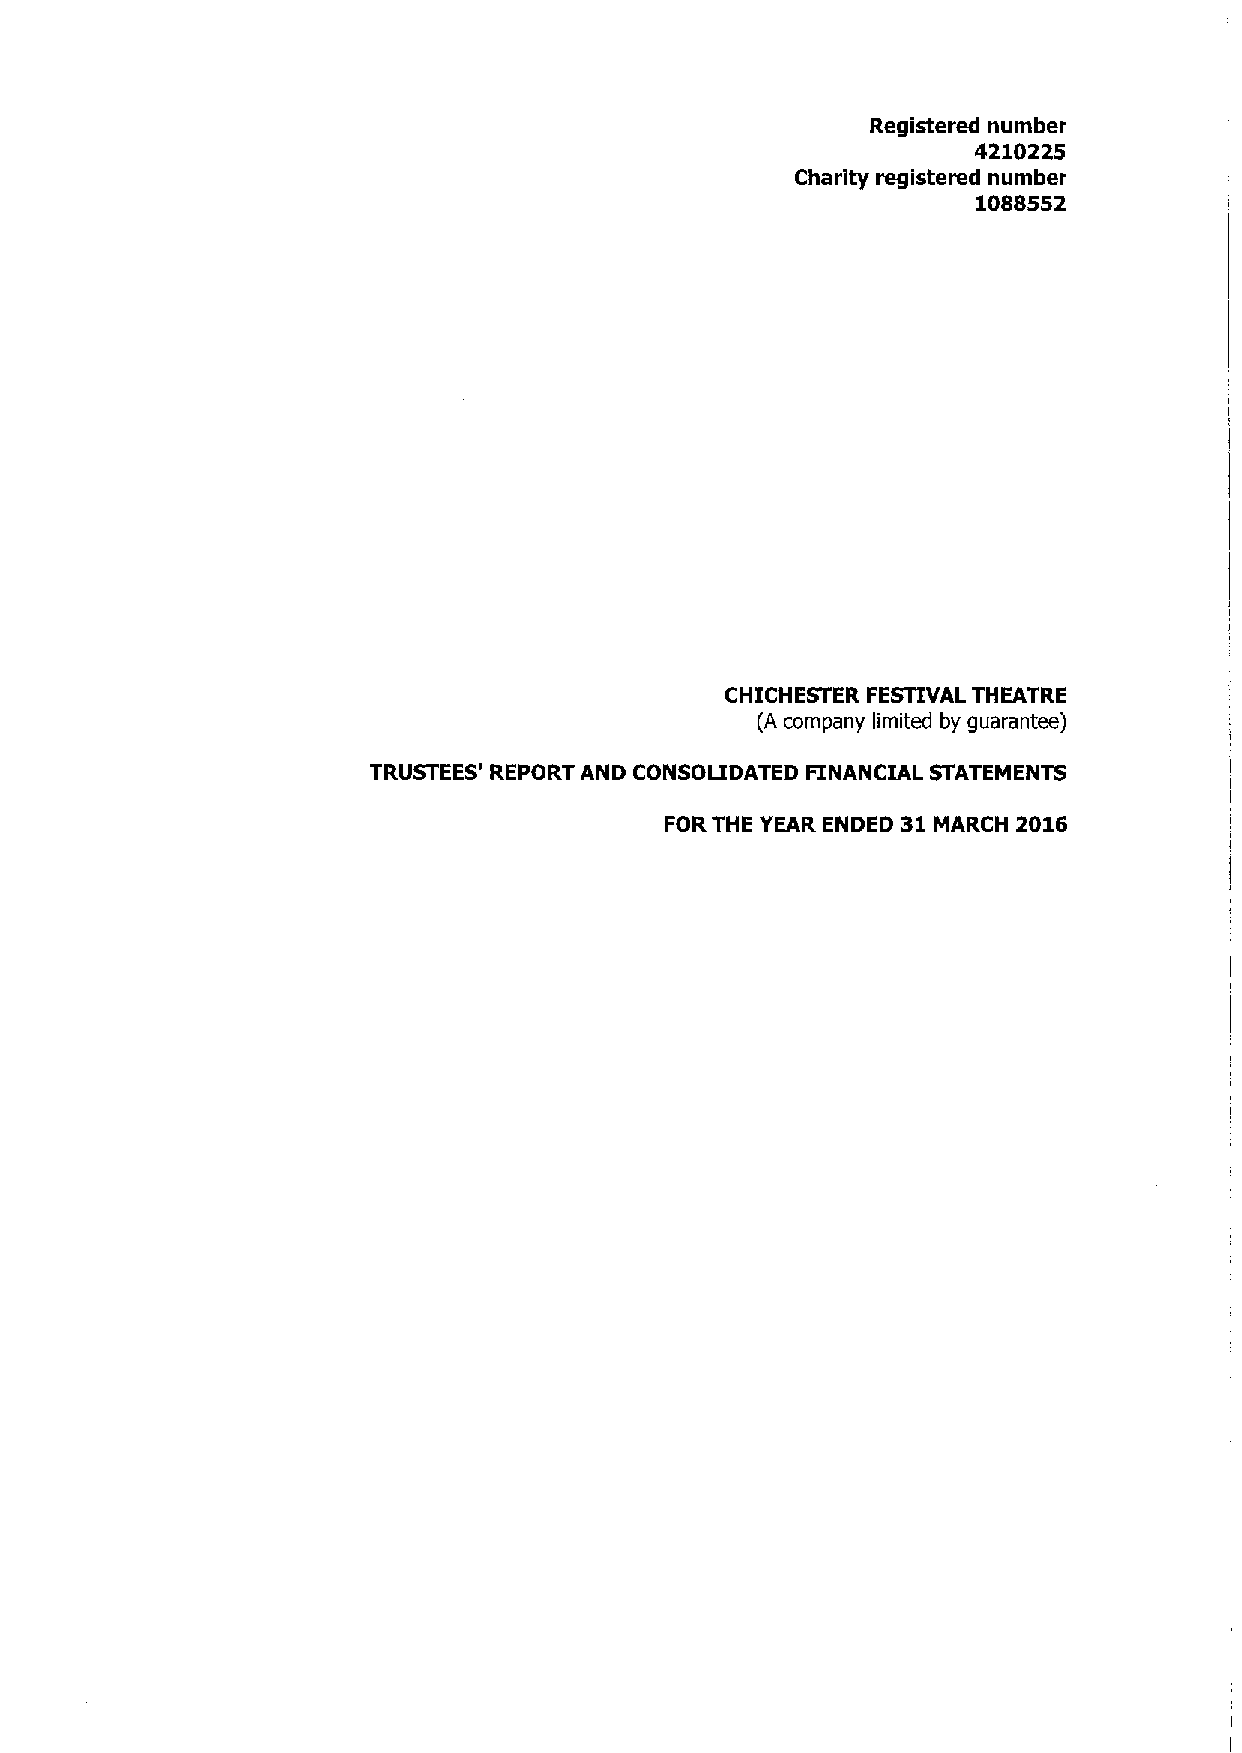
Registered number
 4210225
 Charity registered number
 1088552
 CHICHESTER FESTIVAL THEATRE
 (A company limited by guarantee)
 TRUSTEES' REPORT AND CONSOLIDATED FINANCIAL STATEMENTS
 FORTHE YEAR ENDED 31 MARCH 2016